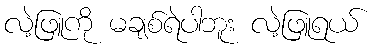
လဲ့ဖြူကို မချစ်ရဲပါဘူး လဲ့ဖြူရယ်